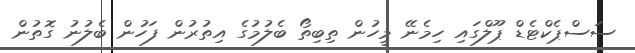
ސަސްޕެކްޓެޑް ޕޫލްގައި ހިމެނޭ މީހުން ތިބިތޯ ބެލުމުގެ އިތުރުން ފަހުން ބެލުނު ގޮތުން